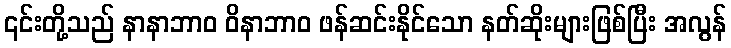
၎င်းတို့သည် နာနာဘာဝ ဝိနာဘာဝ ဖန်ဆင်းနိုင်သော နတ်ဆိုးများဖြစ်ပြီး အလွန်